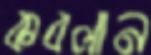
কবলান